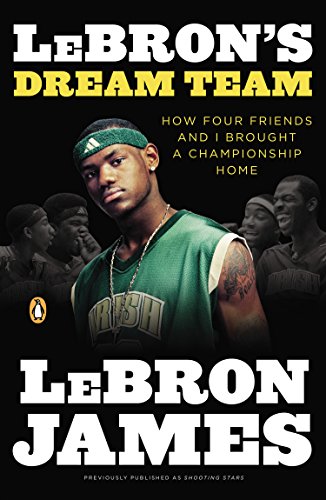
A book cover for LeBron's Dream Team: How Five Friends Made History; LeBron James; Biographies & Memoirs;